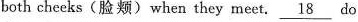
both cheeks(脸颊)when they meet. \underline{18} do